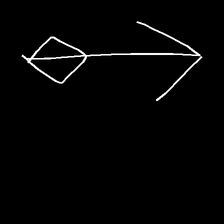
Glyph: focus